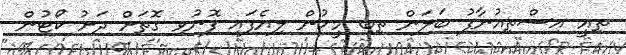
ތިއީ އިސްތިއުނާފު ބަލަން ތިބި މީހުން ލިޔެފައި ފޮނުވި ގޮތަށް ދަށު ކޯޓުން